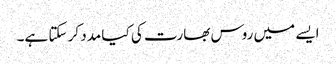
ایسے میں روس بھارت کی کیا مدد کر سکتا ہے۔